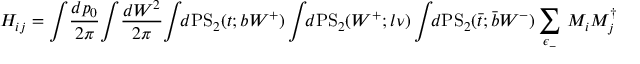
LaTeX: H _ { i j } = \int \! \frac { d p _ { 0 } } { 2 \pi } \! \int \! \frac { d W ^ { 2 } } { 2 \pi } \! \int \! \! d \mathrm { P S } _ { 2 } ( t ; b W ^ { + } ) \int \! \! d \mathrm { P S } _ { 2 } ( W ^ { + } ; l \nu ) \int \! \! d \mathrm { P S } _ { 2 } ( \bar { t } ; \bar { b } W ^ { - } ) \sum _ { \epsilon _ { - } } \, { \cal M } _ { i } { \cal M } _ { j } ^ { \dagger }